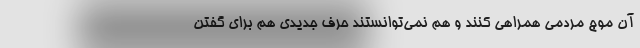
آن موج مردمی همراهی کنند و هم نمی‌توانستند حرف جدیدی هم برای گفتن